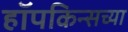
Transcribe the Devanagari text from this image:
हॉपकिन्सच्या